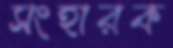
সংহারক